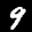
Label: 9